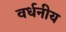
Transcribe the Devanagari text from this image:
वर्धनीय